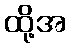
ထို့အ